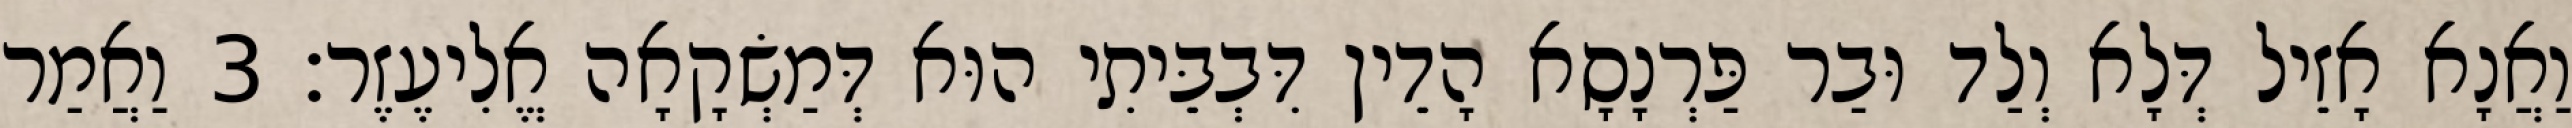
וַאֲנָא אָזֵיל דְּלָא וְלַד וּבַר פַּרְנָסָא הָדֵין דִּבְבֵּיתִי הוּא דְּמַשְׂקָאָה אֱלִיעֶזֶר׃ 3 וַאֲמַר